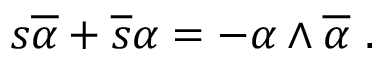
s \overline { { { \alpha } } } + \overline { { { s } } } \alpha = - \alpha \wedge \overline { { { \alpha } } } ~ .